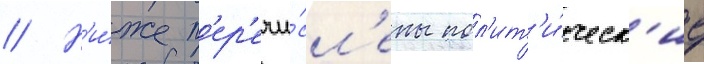
// Н'и́же п'ер'ечи́сл'ены пол'ит'и́ческ'ие